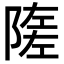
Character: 隓